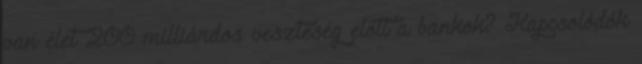
van élet 200 milliárdos veszteség előtt a bankok? Kapcsolódók